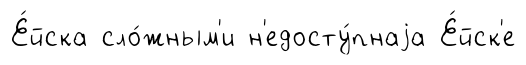
Е́йска сло́жным'и н'едосту́пнаjа Е́йск'е